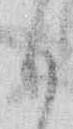
も